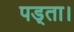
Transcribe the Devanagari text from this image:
पड़्ता।